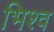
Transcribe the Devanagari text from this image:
भिश्व